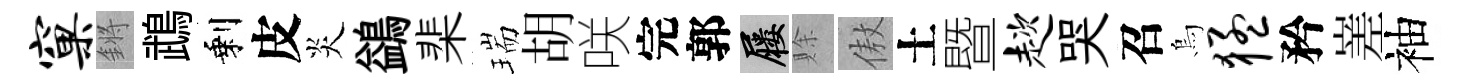
窠鏘鵡剩皮炎鷁棐瑞胡咲完郭屨賖傲土暨趑哭召烏猛矜嵳袖